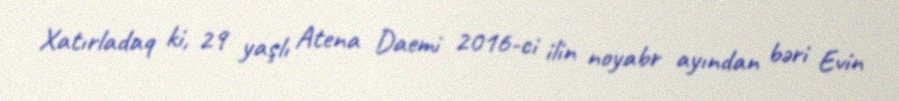
Xatırladaq ki, 29 yaşlı Atena Daemi 2016-ci ilin noyabr ayından bəri Evin